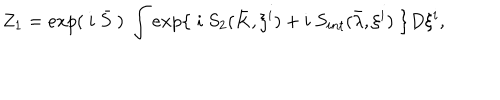
Z _ { 1 } = e x p ( ~ i ~ \bar { S } ~ ) ~ \int e x p { \left\{ ~ i ~ S _ { 2 } ( \bar { K } , \xi ^ { i } ) + i ~ S _ { i n t } ( \bar { \lambda } , \xi ^ { i } ) ~ \right\} } D \xi ^ { i } ,